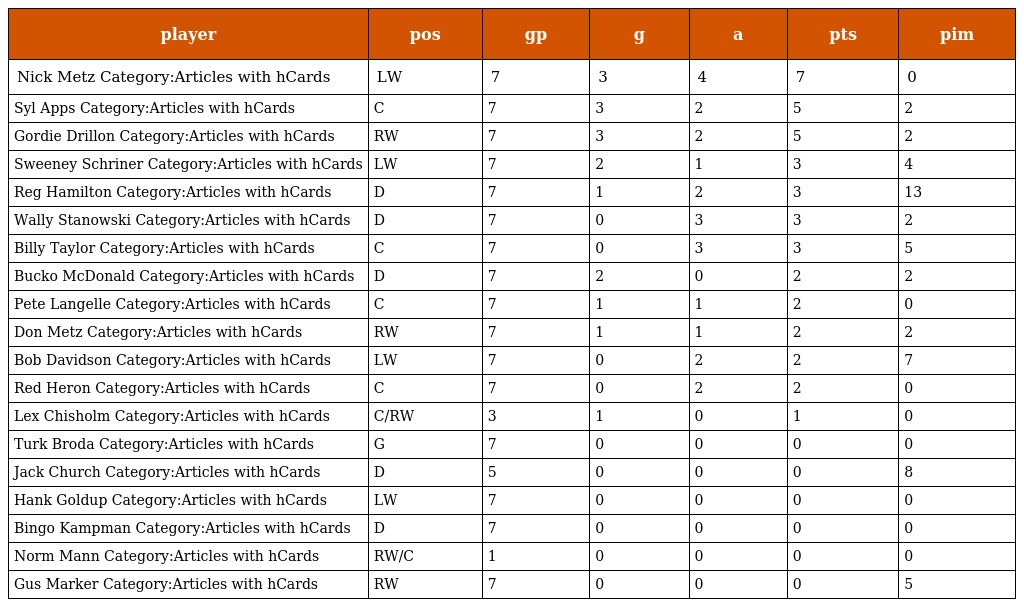
| player | pos | gp | g | a | pts | pim |
 | --- | --- | --- | --- | --- | --- | --- |
 | Nick Metz Category:Articles with hCards | LW | 7 | 3 | 4 | 7 | 0 |
 | Syl Apps Category:Articles with hCards | C | 7 | 3 | 2 | 5 | 2 |
 | Gordie Drillon Category:Articles with hCards | RW | 7 | 3 | 2 | 5 | 2 |
 | Sweeney Schriner Category:Articles with hCards | LW | 7 | 2 | 1 | 3 | 4 |
 | Reg Hamilton Category:Articles with hCards | D | 7 | 1 | 2 | 3 | 13 |
 | Wally Stanowski Category:Articles with hCards | D | 7 | 0 | 3 | 3 | 2 |
 | Billy Taylor Category:Articles with hCards | C | 7 | 0 | 3 | 3 | 5 |
 | Bucko McDonald Category:Articles with hCards | D | 7 | 2 | 0 | 2 | 2 |
 | Pete Langelle Category:Articles with hCards | C | 7 | 1 | 1 | 2 | 0 |
 | Don Metz Category:Articles with hCards | RW | 7 | 1 | 1 | 2 | 2 |
 | Bob Davidson Category:Articles with hCards | LW | 7 | 0 | 2 | 2 | 7 |
 | Red Heron Category:Articles with hCards | C | 7 | 0 | 2 | 2 | 0 |
 | Lex Chisholm Category:Articles with hCards | C/RW | 3 | 1 | 0 | 1 | 0 |
 | Turk Broda Category:Articles with hCards | G | 7 | 0 | 0 | 0 | 0 |
 | Jack Church Category:Articles with hCards | D | 5 | 0 | 0 | 0 | 8 |
 | Hank Goldup Category:Articles with hCards | LW | 7 | 0 | 0 | 0 | 0 |
 | Bingo Kampman Category:Articles with hCards | D | 7 | 0 | 0 | 0 | 0 |
 | Norm Mann Category:Articles with hCards | RW/C | 1 | 0 | 0 | 0 | 0 |
 | Gus Marker Category:Articles with hCards | RW | 7 | 0 | 0 | 0 | 5 |